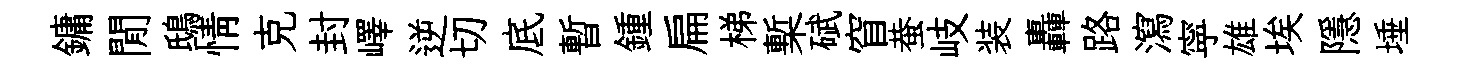
鏞閒鴟情克封嶧逆切底暫鍾扁梯槧碔窅蛬岐装轟路瀉寜雄埃隱埵